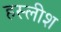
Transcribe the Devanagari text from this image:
हस्लीश